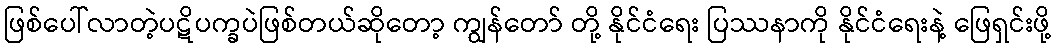
ဖြစ်ပေါ်လာတဲ့ပဋိပက္ခပဲဖြစ်တယ်ဆိုတော့ ကျွန်တော် တို့ နိုင်ငံရေး ပြဿနာကို နိုင်ငံရေးနဲ့ ဖြေရှင်းဖို့